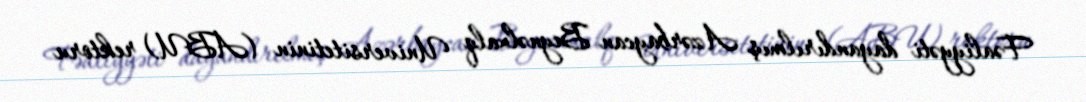
Fəaliyyəti dayandırılmış Azərbaycan Beynəlxalq Universitetinin (ABU) rektoru